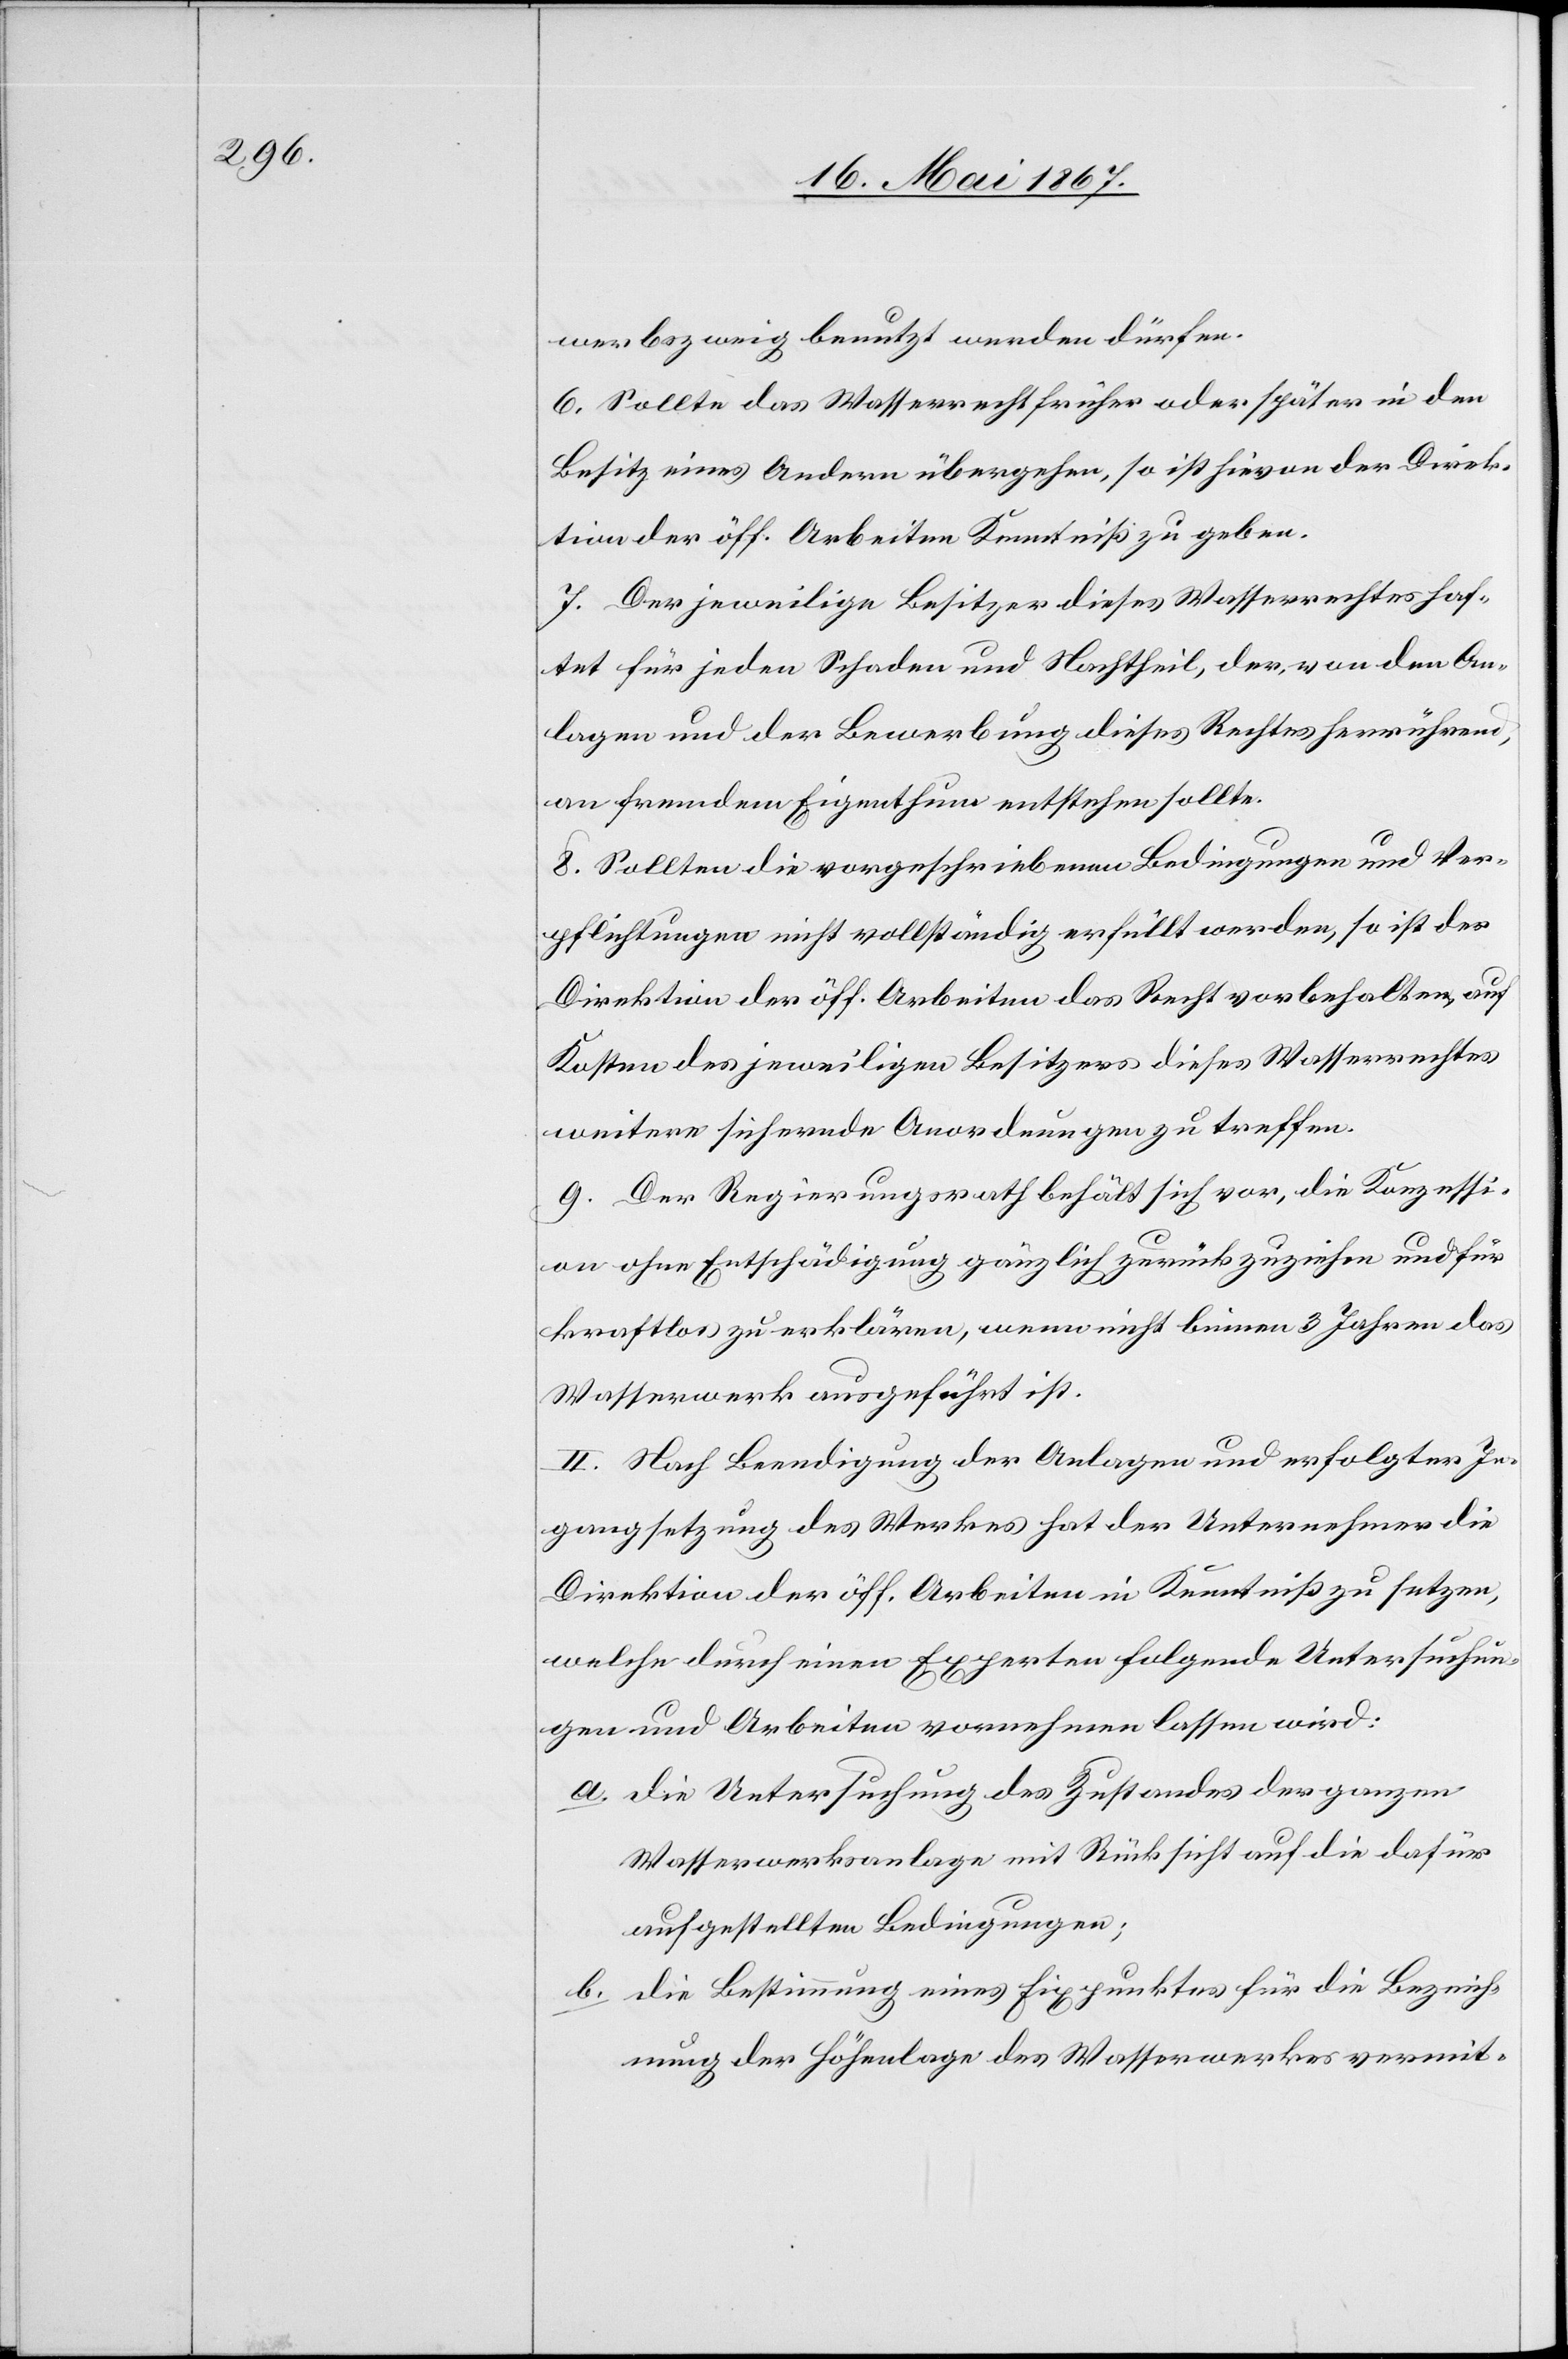
werbszweig benutzt werden dürfen.
6. Sollte das Wasserrecht früher oder später in den
Besitz eines Andern übergehen, so ist hievon der Direk¬
tion der öff. Arbeiten Kenntniß zu geben.
7. Der jeweilige Besitzer dieses Wasserrechtes haf¬
tet für jeden Schaden und Nachtheil, der, von den An¬
lagen und der Bewerbung dieses Rechtes herrührend,
an fremdem Eigenthum entstehen sollte.
8. Sollten die vorgeschriebenen Bedingungen und Ver¬
pflichtungen nicht vollständig erfüllt werden, so ist der
Direktion der öff. Arbeiten das Recht vorbehalten, auf
Kosten des jeweiligen Besitzers dieses Wasserrechtes
weitere sichernde Anordnungen zu treffen.
9. Der Regierungsrath behält sich vor, die Konzessi¬
on ohne Entschädigung gänzlich zurückzuziehen und für
kraftlos zu erklären, wenn nicht binnen 3 Jahren das
Wasserwerk ausgeführt ist.
II. Nach Beendigung der Anlagen und erfolgter In¬
gangsetzung des Werkes hat der Unternehmer die
Direktion der öff. Arbeiten in Kenntniß zu setzen,
welche durch einen Experten folgende Untersuchun¬
gen und Arbeiten vornehmen lassen wird:
a.	die Untersuchung des Zustandes der ganzen
Wasserwerksanlage mit Rücksicht auf die dafür
aufgestellten Bedingungen;
b.	die Bestimmung eines Fixpunktes für die Bezeich¬
nung der Höhenlage des Wasserwerkes vermit-